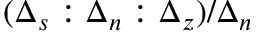
( \Delta _ { s } : \Delta _ { n } : \Delta _ { z } ) / \Delta _ { n }